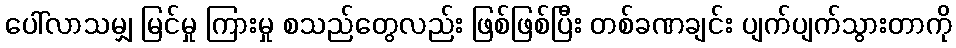
ပေါ်လာသမျှ မြင်မှု ကြားမှု စသည်တွေလည်း ဖြစ်ဖြစ်ပြီး တစ်ခဏချင်း ပျက်ပျက်သွားတာကို